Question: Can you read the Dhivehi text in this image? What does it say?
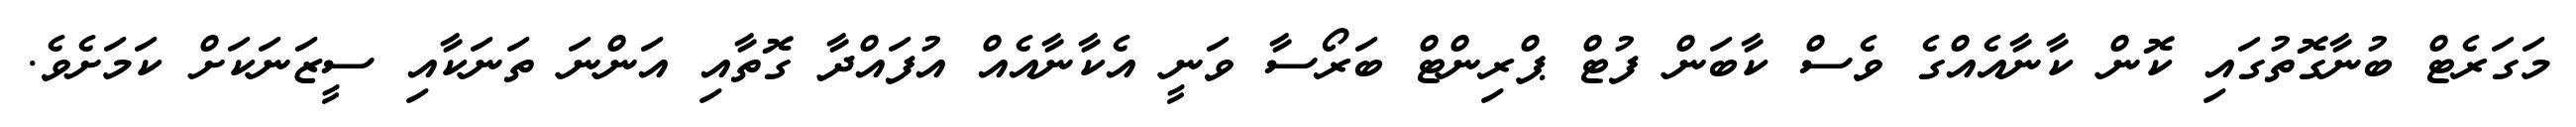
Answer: މަގަރެޓް ބުނާގޮތުގައި ކޮން ކާނާއެއްގެ ވެސް ކާބަން ފުޓް ޕްރިންޓް ބަރޯސާ ވަނީ އެކާނާއެއް އުފައްދާ ގޮތާއި އަންނަ ތަނަކާއި ސީޒަނަކަށް ކަމަށެވެ.